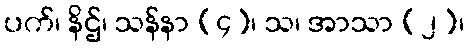
ပက်၊ နိဌ်၊ သန်နာ (၄)၊ သ၊ အာသာ (၂)၊